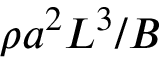
\rho a ^ { 2 } L ^ { 3 } / B